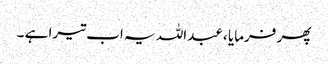
پھر فرمایا ، عبداللہ یہ اب تیرا ہے ۔